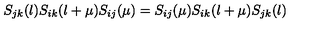
S _ { j k } ( \l ) S _ { i k } ( \l + \mu ) S _ { i j } ( \mu ) = S _ { i j } ( \mu ) S _ { i k } ( \l + \mu ) S _ { j k } ( \l )